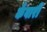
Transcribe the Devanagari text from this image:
कँवारी